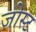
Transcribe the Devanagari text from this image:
जोस्ट